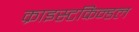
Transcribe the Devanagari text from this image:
क्राइस्टकिन्डल